Report on malaria in the Punjab during the year ...  together with an account of the work of the Punjab Malaria Bureau - Volume 5
Disease focus: Malaria
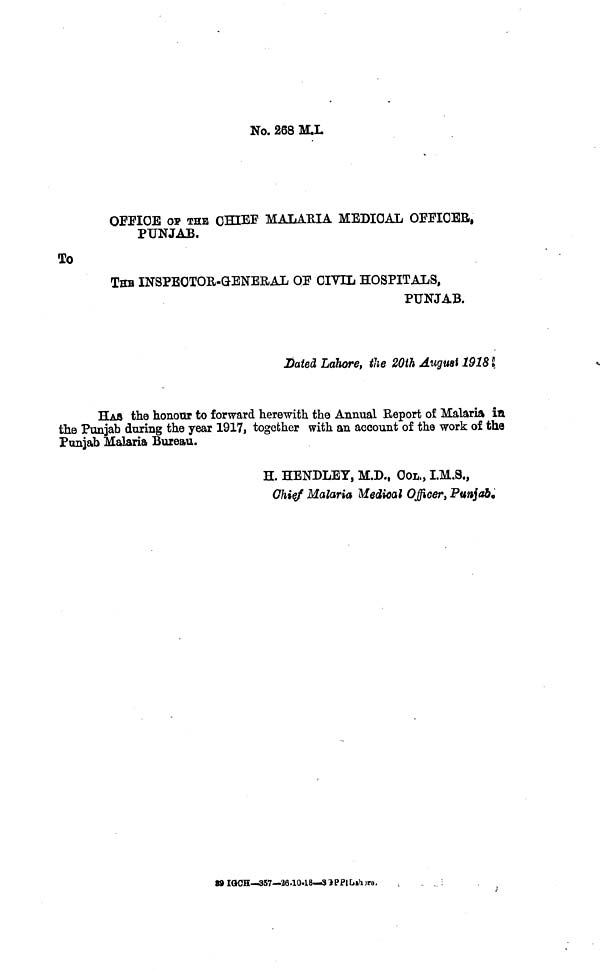
No. 268 MX
OFFICE OF THE CHIEF MALARIA MEDICAL OFFICER,
PUNJAB.
To
THE INSPEOTOR-GENERAL OF CIVIL HOSPITALS,
PUNJAB.
Dated Lahore, the 20th August 1918.
HAS the honour to forward herewith the Annual Report of Malaria in
the Punjab during the year 1917, together with an account of the work of the
Punjab Malaria Bureau.
H. HENDLEY, M.D., COL., I.M.S.,
Chief Malaria Medical Officer, Punjab«
89 IGCH—357—26-10.18—SPPIlLahore,